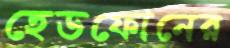
হেডফোনের